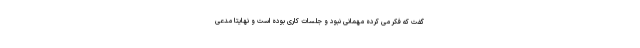
گفت که فکر می کرده مهمانی نبود و جلسات کاری بوده است و نهایتاً مدعی